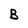
Character: B